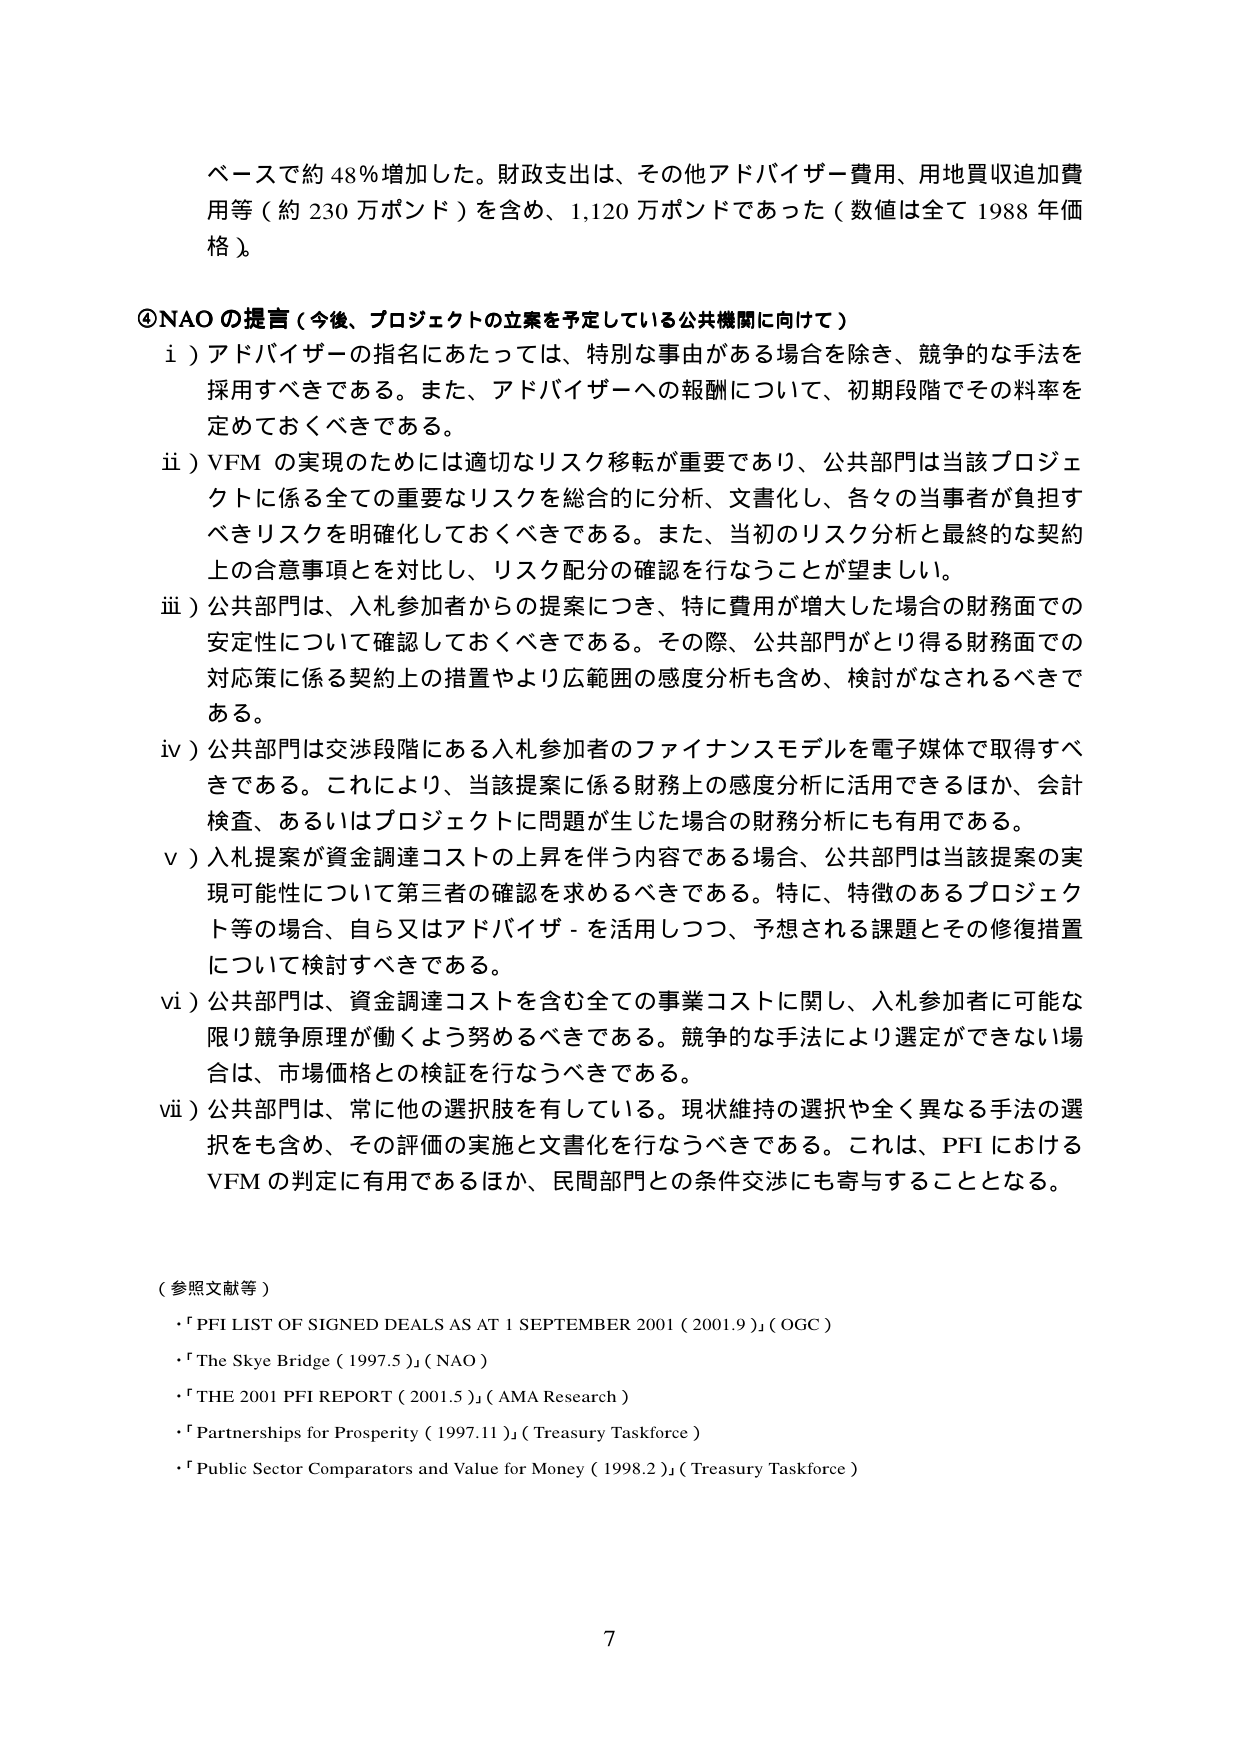
ベースで約 48％増加した。財政支出は、その他アドバイザー費用、用地買収追加費用等（約 230 万ポンド）を含め、1,120 万ポンドであった（数値は全て 1988 年価格）。

④NAO の提言（今後、プロジェクトの立案を予定している公共機関に向けて）
i）アドバイザーの指名にあたっては、特別な事由がある場合を除き、競争的な手法を採用すべきである。また、アドバイザーへの報酬について、初期段階でその料率を定めておくべきである。
ii）VFM の実現のためには適切なリスク移転が重要であり、公共部門は当該プロジェクトに係る全ての重要なリスクを総合的に分析、文書化し、各々の当事者が負担すべきリスクを明確化しておくべきである。また、当初のリスク分析と最終的な契約上の合意事項とを対比し、リスク配分の確認を行なうことが望ましい。
iii）公共部門は、入札参加者からの提案につき、特に費用が増大した場合の財務面での安定性について確認しておくべきである。その際、公共部門がとり得る財務面での対応策に係る契約上の措置やより広範囲の感度分析も含め、検討がなされるべきである。
iv）公共部門は交渉段階にある入札参加者のファイナンスモデルを電子媒体で取得すべきである。これにより、当該提案に係る財務上の感度分析に活用できるほか、会計検査、あるいはプロジェクトに問題が生じた場合の財務分析にも有用である。
v）入札提案が資金調達コストの上昇を伴う内容である場合、公共部門は当該提案の実現可能性について第三者の確認を求めるべきである。特に、特徴のあるプロジェクト等の場合、自ら又はアドバイザーを活用しつつ、予想される課題とその修復措置について検討すべきである。
vi）公共部門は、資金調達コストを含む全ての事業コストに関し、入札参加者に可能な限り競争原理が働くよう努めるべきである。競争的な手法により選定ができない場合は、市場価格との検証を行なうべきである。
vii）公共部門は、常に他の選択肢を有している。現状維持の選択や全く異なる手法の選択をも含め、その評価の実施と文書化を行なうべきである。これは、PFI における VFM の判定に有用であるほか、民間部門との条件交渉にも寄与することとなる。

（参照文献等）
・「PFI LIST OF SIGNED DEALS AS AT 1 SEPTEMBER 2001（2001.9）」（OGC）
・「The Skye Bridge（1997.5）」（NAO）
・「THE 2001 PFI REPORT（2001.5）」（AMA Research）
・「Partnerships for Prosperity（1997.11）」（Treasury Taskforce）
・「Public Sector Comparators and Value for Money（1998.2）」（Treasury Taskforce）

7